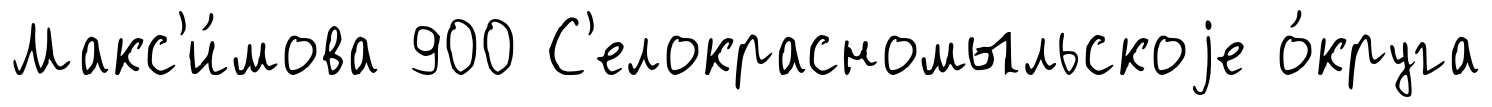
Макс'и́мова 900 С'елокрасномыльскоjе о́круга